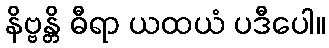
နိဗ္ဗန္တိ ဓီရာ ယထယံ ပဒီပေါ။